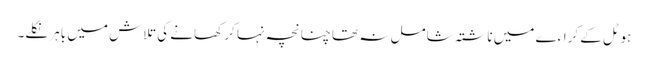
ہوٹل کے کراءے میں ناشتہ شامل نہ تھا چنانچہ نہا کر کھانے کی تلاش میں باہر نکلے۔